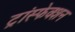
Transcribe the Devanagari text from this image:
ट्रांस्फेक्शन